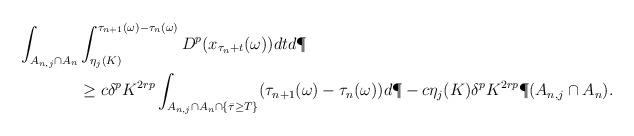
\begin{align*} \int_{A_{n,j} \cap A_n}&\int_{\eta_j(K)}^{\tau_{n+1}(\omega) - \tau_n(\omega)} D^p(x_{\tau_n +t}(\omega))dt d\P \\ & \ge c \delta^p K^{2rp} \int_{A_{n,j} \cap A_n \cap \{\bar{\tau} \ge T\}} (\tau_{n+1}(\omega) - \tau_n(\omega))d\P - c\eta_j(K) \delta^p K^{2rp}\P(A_{n,j} \cap A_n).\end{align*}